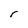
Character: r